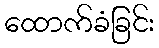
ထောက်ခံခြင်း